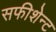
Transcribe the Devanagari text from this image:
सफीशेन्ट